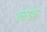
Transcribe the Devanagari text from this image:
श्लाफ़